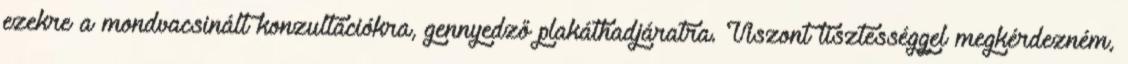
ezekre a mondvacsinált konzultációkra, gennyedző plakáthadjáratra. Viszont tisztességgel megkérdezném,